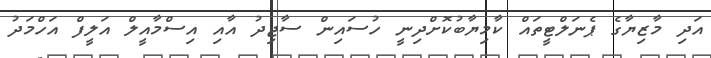
އަދި މާޒިޔާގެ ޕެނަލްޓީތައް ކާމިޔާބުކޮށްދިނީ ހުސައިން ސާޖިދު އާއި އިސްމާއީލް އަލީފް އަހްމަދު